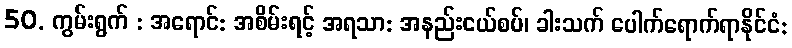
50. ကွမ်းရွက် : အရောင်: အစိမ်းရင့် အရသာ: အနည်းငယ်စပ်၊ ခါးသက် ပေါက်ရောက်ရာနိုင်ငံ: